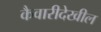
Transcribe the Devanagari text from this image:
कैवारीदेखील